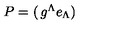
P = \left( \begin{matrix} { g ^ { \Lambda } } \\ { e _ { \Lambda } } \\ \end{matrix} \right)